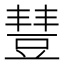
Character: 𧯮